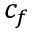
c _ { f }